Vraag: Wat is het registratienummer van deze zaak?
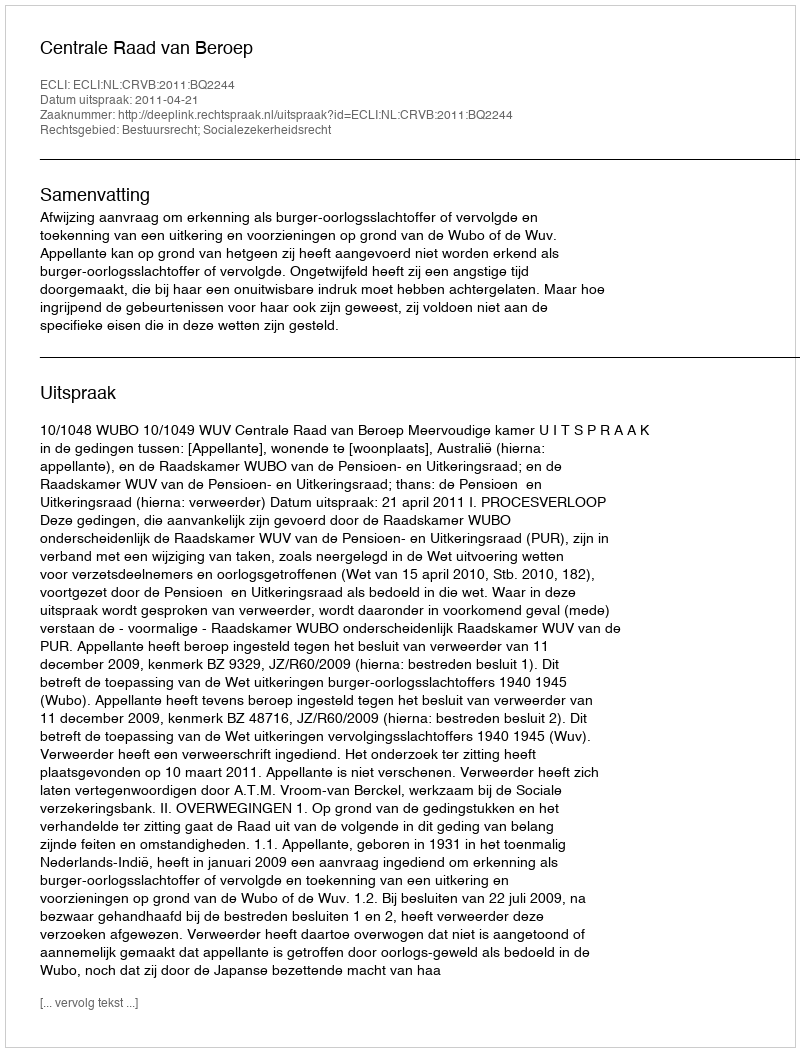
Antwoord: http://deeplink.rechtspraak.nl/uitspraak?id=ECLI:NL:CRVB:2011:BQ2244